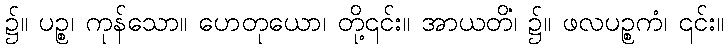
၌။ ပဉ္စ၊ ကုန်သော။ ဟေတုယော၊ တို့၎င်း။ အာယတိံ၊ ၌။ ဖလပဉ္စကံ၊ ၎င်း။